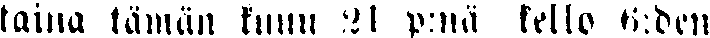
taina tämän kuun 21 p:nä kello 6:den